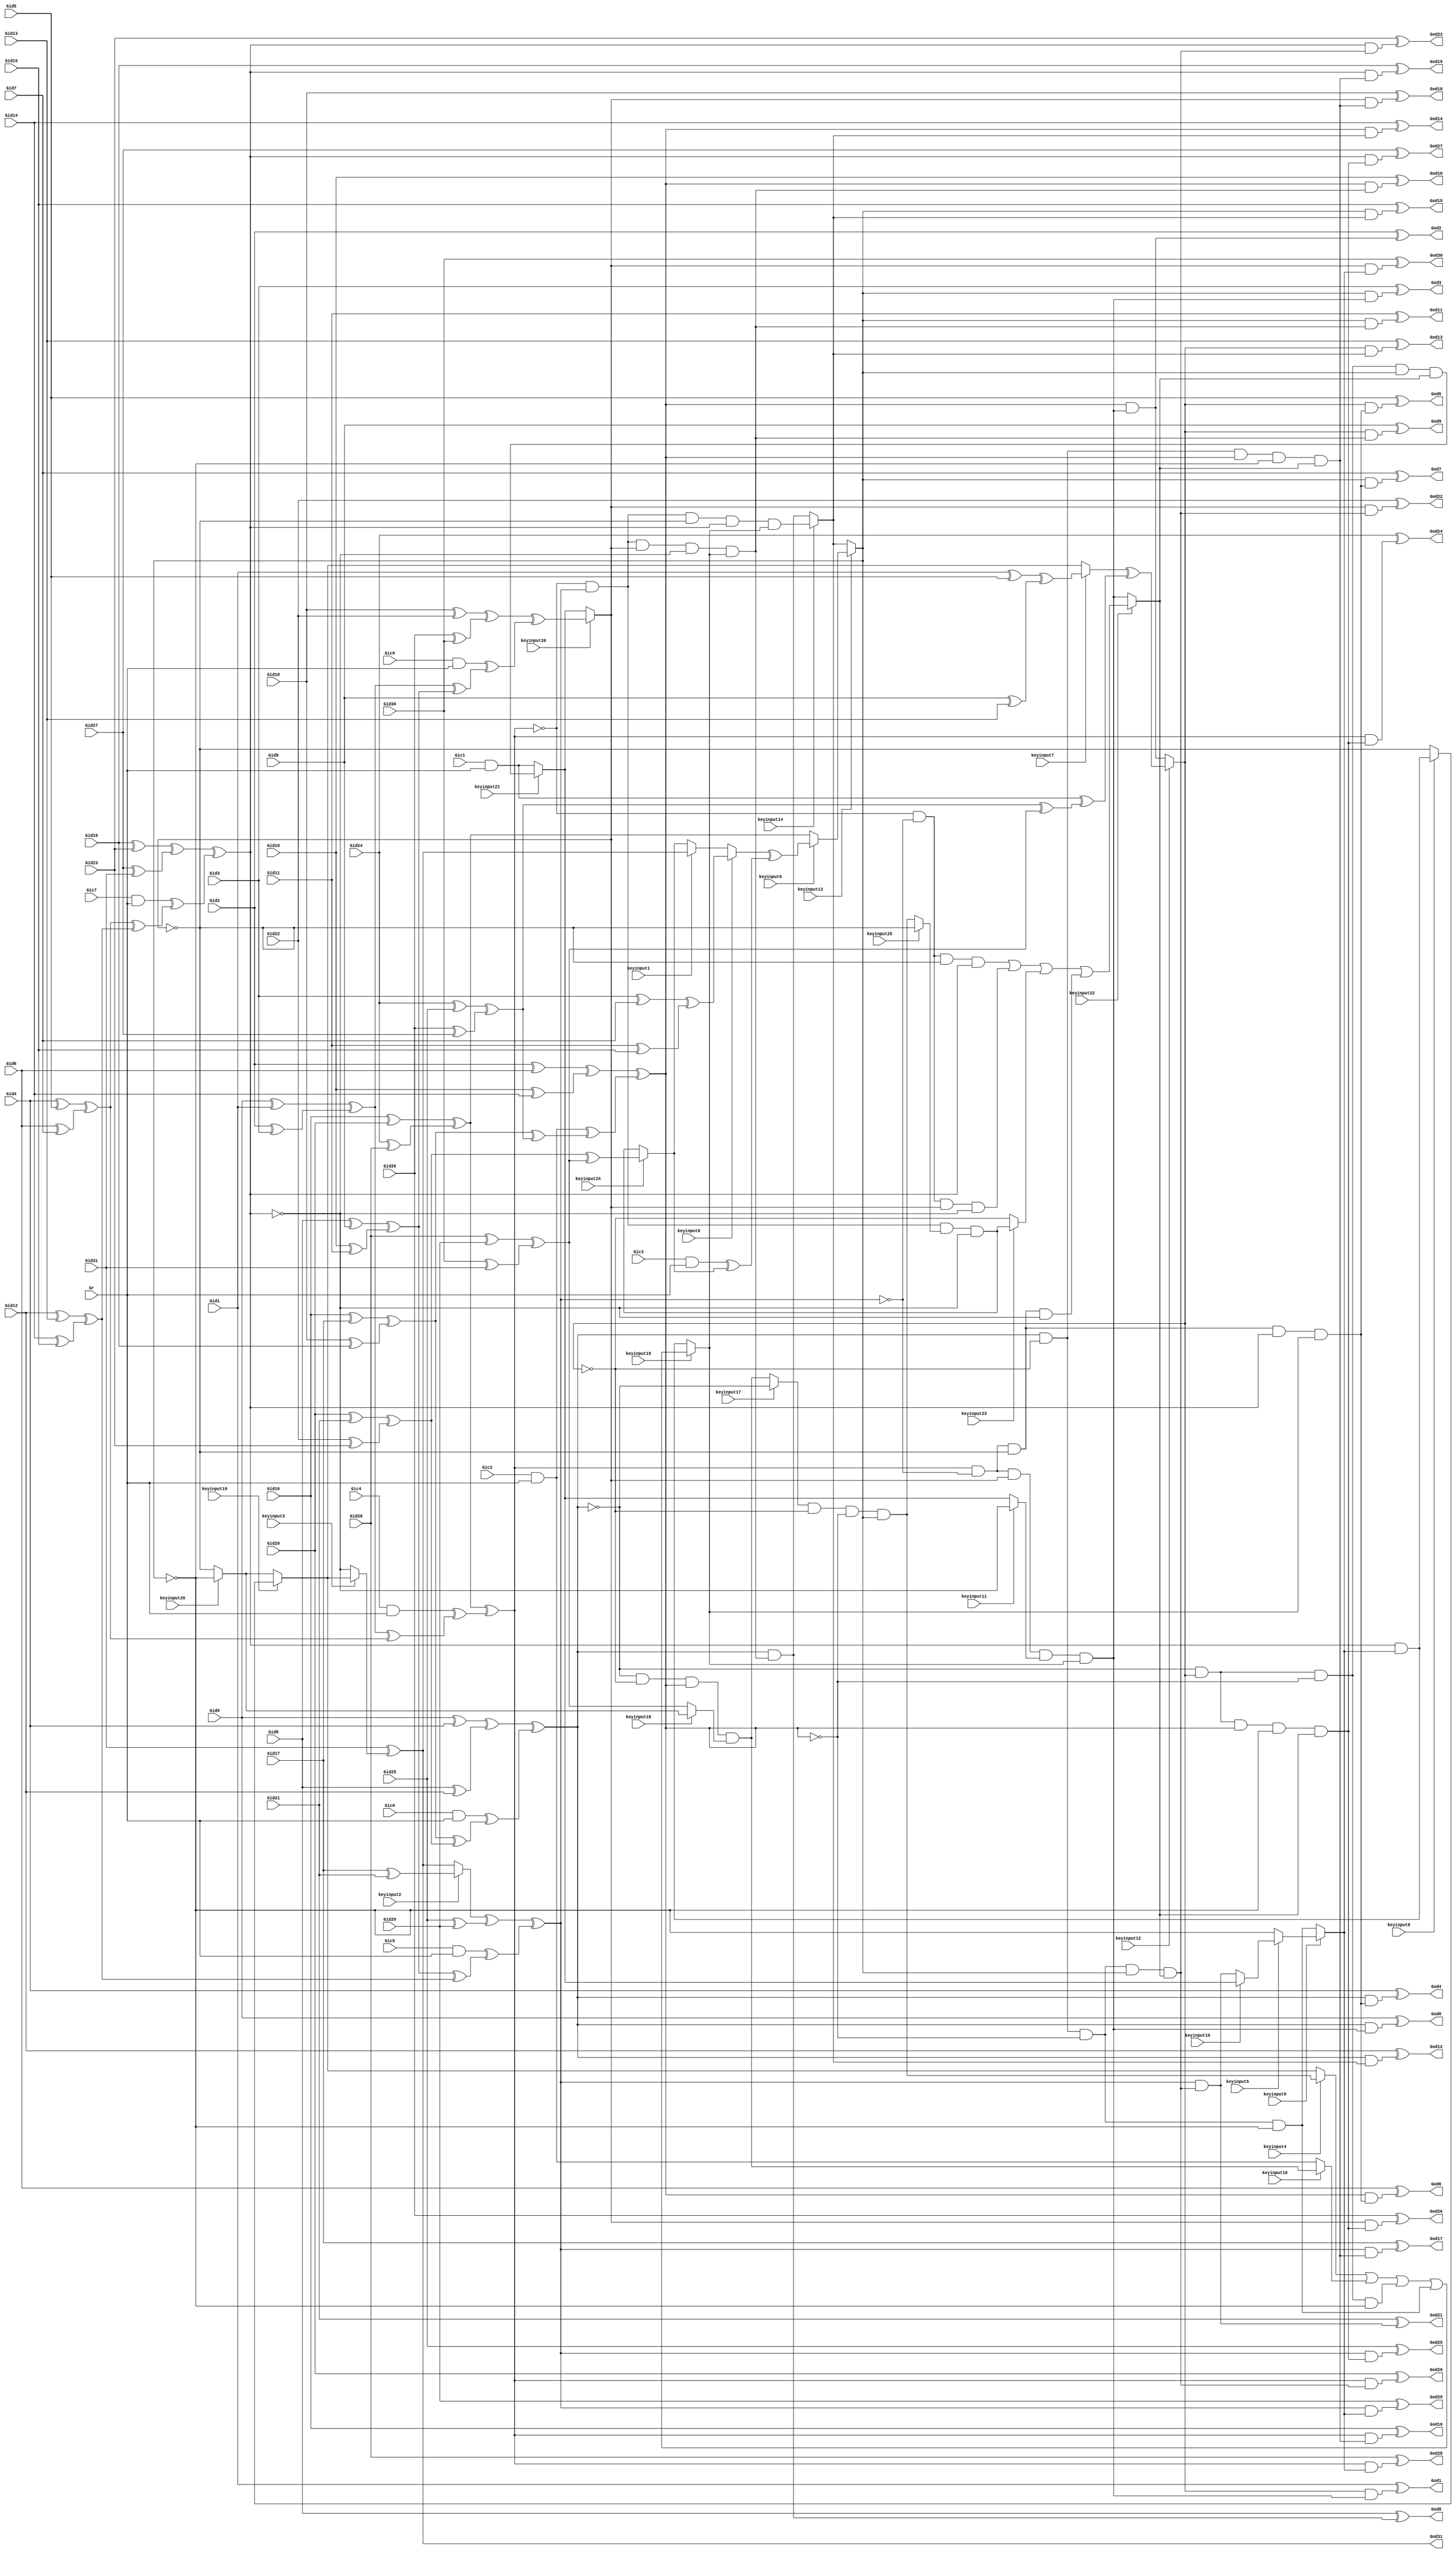
// Verilog File 
module top (Gid0,Gid1,Gid2,Gid3,Gid4,Gid5,Gid6,Gid7,Gid8,
Gid9,Gid10,Gid11,Gid12,Gid13,Gid14,Gid15,Gid16,Gid17,Gid18,
Gid19,Gid20,Gid21,Gid22,Gid23,Gid24,Gid25,Gid26,Gid27,Gid28,
Gid29,Gid30,Gid31,Gic0,Gic1,Gic2,Gic3,Gic4,Gic5,Gic6,
Gic7,Gr,God0,God1,God2,God3,God4,God5,God6,God7,
God8,God9,God10,God11,God12,God13,God14,God15,God16,God17,
God18,God19,God20,God21,God22,God23,God24,God25,God26,God27,
God28,God29,God30,God31,keyinput0,keyinput1,keyinput2,keyinput3,keyinput4,keyinput5,
keyinput6,keyinput7,keyinput8,keyinput9,keyinput10,keyinput11,keyinput12,keyinput13,keyinput14,keyinput15,
keyinput16,keyinput17,keyinput18,keyinput19,keyinput20,keyinput21,keyinput22,keyinput23,keyinput24,keyinput25,
keyinput26);

input Gid0,Gid1,Gid2,Gid3,Gid4,Gid5,Gid6,Gid7,Gid8,
Gid9,Gid10,Gid11,Gid12,Gid13,Gid14,Gid15,Gid16,Gid17,Gid18,
Gid19,Gid20,Gid21,Gid22,Gid23,Gid24,Gid25,Gid26,Gid27,Gid28,
Gid29,Gid30,Gid31,Gic0,Gic1,Gic2,Gic3,Gic4,Gic5,Gic6,
Gic7,Gr,keyinput0,keyinput1,keyinput2,keyinput3,keyinput4,keyinput5,keyinput6,keyinput7,
keyinput8,keyinput9,keyinput10,keyinput11,keyinput12,keyinput13,keyinput14,keyinput15,keyinput16,keyinput17,
keyinput18,keyinput19,keyinput20,keyinput21,keyinput22,keyinput23,keyinput24,keyinput25,keyinput26;

output God0,God1,God2,God3,God4,God5,God6,God7,God8,
God9,God10,God11,God12,God13,God14,God15,God16,God17,God18,
God19,God20,God21,God22,God23,God24,God25,God26,God27,God28,
God29,God30,God31;

wire Gxa0,Gxa1,Gxa2,Gxa3,Gxa4,Gxa5,Gxa6,Gxa7,Gxa8,
Gxa9,Gxa10,Gxa11,Gxa12,Gxa13,Gxa14,Gxa15,Gh0,Gh1,Gh2,
Gh3,Gh4,Gh5,Gh6,Gh7,Gxb0,Gxc0,Gxb1,Gxc1,Gxb2,
Gxc2,Gxb3,Gxc3,Gxb4,Gxc4,Gxb5,Gxc5,Gxb6,Gxc6,Gxb7,
Gxc7,Gf0,Gf1,Gf2,Gf3,Gf4,Gf5,Gf6,Gf7,Gxe0,
Gxe1,Gxe2,Gxe3,Gxe4,Gxe5,Gxe6,Gxe7,Gg0,Gg1,Gg2,
Gg3,Gg4,Gg5,Gg6,Gg7,Gxd0,Gxd1,Gxd2,Gxd3,Gxd4,
Gxd5,Gxd6,Gxd7,Gs0,Gs1,Gs2,Gs3,Gs4,Gs5,Gs6,
Gs7,Gy0a,Gy1a,Gy2a,Gy0b,Gy1b,Gy3b,Gy0c,Gy2c,Gy3c,
Gy1d,Gy2d,Gy3d,Gy5i,Gy7i,Gy5j,Gy6j,Gy4k,Gy7k,Gy4l,
Gy6l,Gy4a,Gy5a,Gy6a,Gy4b,Gy5b,Gy7b,Gy4c,Gy6c,Gy7c,
Gy5d,Gy6d,Gy7d,Gy1i,Gy3i,Gy1j,Gy2j,Gy0k,Gy3k,Gy0l,
Gy2l,Gt0,Gt1,Gt2,Gt3,Gt4,Gt5,Gt6,Gt7,Gu0,
Gu1,Gwa,Gwb,Gwc,Gwd,Gwe,Gwf,Gwg,Gwh,Ge0,
Ge1,Ge2,Ge3,Ge4,Ge5,Ge6,Ge7,Ge8,Ge9,Ge10,
Ge11,Ge12,Ge13,Ge14,Ge15,Ge16,Ge17,Ge18,Ge19,Ge20,
Ge21,Ge22,Ge23,Ge24,Ge25,Ge26,Ge27,Ge28,Ge29,Ge30,
Ge31,muxed0,muxed1,muxed2,muxed3,muxed4,muxed5,muxed6,muxed7,muxed8,
muxed9,muxed10,muxed11,muxed12,muxed13,muxed14,muxed15,muxed16,muxed17,muxed18,
muxed19,muxed20,muxed21,muxed22,muxed23,muxed24,muxed25,muxed26;
xor gate_0(Gxa0,Gid0,Gid1);
xor gate_1(Gxa1,Gid2,Gid3);
xor gate_2(Gxa2,Gid4,Gid5);
xor gate_3(Gxa3,Gid6,Gid7);
xor gate_4(Gxa4,Gid8,Gid9);
xor gate_5(Gxa5,Gid10,Gid11);
xor gate_6(Gxa6,Gid12,Gid13);
xor gate_7(Gxa7,Gid14,Gid15);
xor gate_8(Gxa8,Gid16,Gid17);
xor gate_9(Gxa9,Gid18,Gid19);
xor gate_10(Gxa10,Gid20,Gid21);
xor gate_11(Gxa11,Gid22,Gid23);
xor gate_12(Gxa12,Gid24,Gid25);
xor gate_13(Gxa13,Gid26,Gid27);
xor gate_14(Gxa14,Gid28,Gid29);
xor gate_15(Gxa15,Gid30,Gid31);
and gate_16(Gh0,Gic0,Gr);
and gate_17(Gh1,Gic1,Gr);
and gate_18(Gh2,Gic2,Gr);
and gate_19(Gh3,Gic3,Gr);
and gate_20(Gh4,Gic4,Gr);
and gate_21(Gh5,Gic5,Gr);
and gate_22(Gh6,Gic6,Gr);
and gate_23(Gh7,Gic7,Gr);
xor gate_24(Gxb0,Gid0,Gid4);
xor gate_25(Gxc0,Gid8,Gid12);
xor gate_26(Gxb1,Gid1,Gid5);
xor gate_27(Gxc1,Gid9,Gid13);
xor gate_28(Gxb2,Gid2,Gid6);
xor gate_29(Gxc2,Gid10,Gid14);
xor gate_30(Gxb3,Gid3,Gid7);
xor gate_31(Gxc3,Gid11,Gid15);
xor gate_32(Gxb4,Gid16,Gid20);
xor gate_33(Gxc4,Gid24,Gid28);
xor gate_34(Gxb5,Gid17,Gid21);
xor gate_35(Gxc5,Gid25,Gid29);
xor gate_36(Gxb6,Gid18,Gid22);
xor gate_37(Gxc6,Gid26,Gid30);
xor gate_38(Gxb7,Gid19,Gid23);
xor gate_39(Gxc7,Gid27,Gid31);
xor gate_40(Gf0,Gxa0,Gxa1);
xor gate_41(Gf1,Gxa2,Gxa3);
xor gate_42(Gf2,Gxa4,Gxa5);
xor gate_43(Gf3,Gxa6,Gxa7);
xor gate_44(Gf4,Gxa8,Gxa9);
xor gate_45(Gf5,Gxa10,Gxa11);
xor gate_46(Gf6,Gxa12,Gxa13);
xor gate_47(Gf7,Gxa14,Gxa15);
xor gate_48(Gxe0,Gxb0,Gxc0);
xor gate_49(Gxe1,Gxb1,Gxc1);
xor gate_50(Gxe2,Gxb2,Gxc2);
xor gate_51(Gxe3,Gxb3,Gxc3);
xor gate_52(Gxe4,Gxb4,Gxc4);
xor gate_53(Gxe5,muxed2,Gxc5);
xor gate_54(Gxe6,Gxb6,Gxc6);
xor gate_55(Gxe7,Gxb7,Gxc7);
xor gate_56(Gg0,Gf0,Gf1);
xor gate_57(Gg1,Gf2,Gf3);
xor gate_58(Gg2,Gf0,Gf2);
xor gate_59(Gg3,Gf1,Gf3);
xor gate_60(Gg4,Gf4,Gf5);
xor gate_61(Gg5,Gf6,Gf7);
xor gate_62(Gg6,Gf4,Gf6);
xor gate_63(Gg7,Gf5,Gf7);
xor gate_64(Gxd0,Gh0,Gg4);
xor gate_65(Gxd1,Gh1,Gg5);
xor gate_66(Gxd2,Gh2,Gg6);
xor gate_67(Gxd3,Gh3,muxed24);
xor gate_68(Gxd4,Gh4,Gg0);
xor gate_69(Gxd5,Gh5,Gg1);
xor gate_70(Gxd6,Gh6,Gg2);
xor gate_71(Gxd7,Gh7,Gg3);
xor gate_72(Gs0,Gxe0,Gxd0);
xor gate_73(Gs1,muxed7,Gxd1);
xor gate_74(Gs2,Gxe2,Gxd2);
xor gate_75(Gs3,muxed0,Gxd3);
xor gate_76(Gs4,Gxe4,Gxd4);
xor gate_77(Gs5,Gxe5,Gxd5);
xor gate_78(Gs6,Gxe6,Gxd6);
xor gate_79(Gs7,Gxe7,Gxd7);
not gate_80(Gy0a,Gs0);
not gate_81(Gy1a,muxed12);
not gate_82(Gy2a,Gs2);
not gate_83(Gy0b,Gs0);
not gate_84(Gy1b,muxed12);
not gate_85(Gy3b,muxed13);
not gate_86(Gy0c,Gs0);
not gate_87(Gy2c,Gs2);
not gate_88(Gy3c,muxed13);
not gate_89(Gy1d,muxed12);
not gate_90(Gy2d,Gs2);
not gate_91(Gy3d,muxed13);
not gate_92(Gy5i,Gs5);
not gate_93(Gy7i,Gs7);
not gate_94(Gy5j,Gs5);
not gate_95(Gy6j,muxed20);
not gate_96(Gy4k,Gs4);
not gate_97(Gy7k,Gs7);
not gate_98(Gy4l,Gs4);
not gate_99(Gy6l,muxed20);
not gate_100(Gy4a,Gs4);
not gate_101(Gy5a,Gs5);
not gate_102(Gy6a,muxed20);
not gate_103(Gy4b,Gs4);
not gate_104(Gy5b,Gs5);
not gate_105(Gy7b,Gs7);
not gate_106(Gy4c,Gs4);
not gate_107(Gy6c,muxed20);
not gate_108(Gy7c,Gs7);
not gate_109(Gy5d,Gs5);
not gate_110(Gy6d,muxed20);
not gate_111(Gy7d,Gs7);
not gate_112(Gy1i,muxed12);
not gate_113(Gy3i,muxed13);
not gate_114(Gy1j,muxed12);
not gate_115(Gy2j,Gs2);
not gate_116(Gy0k,Gs0);
not gate_117(Gy3k,muxed13);
not gate_118(Gy0l,Gs0);
not gate_119(Gy2l,Gs2);
and gate_120(Gt0,muxed17,Gy1a,Gy2a,muxed13);
and gate_121(Gt1,Gy0b,Gy1b,Gs2,muxed18);
and gate_122(Gt2,Gy0c,muxed12,Gy2c,Gy3c);
and gate_123(Gt3,Gs0,Gy1d,Gy2d,Gy3d);
and gate_124(Gt4,Gy4a,Gy5a,Gy6a,Gs7);
and gate_125(Gt5,Gy4b,Gy5b,muxed20,Gy7b);
and gate_126(Gt6,Gy4c,Gs5,muxed25,Gy7c);
and gate_127(Gt7,Gs4,Gy5d,Gy6d,Gy7d);
or gate_128(Gu0,muxed4,muxed16,Gt2,Gt3);
or gate_129(Gu1,Gt4,Gt5,muxed23,Gt7);
and gate_130(Gwa,Gs4,Gy5i,muxed20,muxed11,muxed15);
and gate_131(Gwb,Gs4,Gy5j,Gy6j,Gs7,muxed15);
and gate_132(Gwc,Gy4k,Gs5,muxed20,Gy7k,muxed15);
and gate_133(Gwd,Gy4l,Gs5,Gy6l,Gs7,muxed15);
and gate_134(Gwe,Gs0,Gy1i,Gs2,Gy3i,muxed22);
and gate_135(Gwf,Gs0,Gy1j,Gy2j,muxed13,muxed22);
and gate_136(Gwg,Gy0k,muxed12,Gs2,Gy3k,muxed22);
and gate_137(Gwh,Gy0l,muxed12,Gy2l,muxed13,muxed22);
and gate_138(Ge0,Gs0,Gwa);
and gate_139(Ge1,muxed12,Gwa);
and gate_140(Ge2,Gs2,Gwa);
and gate_141(Ge3,muxed13,Gwa);
and gate_142(Ge4,Gs0,Gwb);
and gate_143(Ge5,muxed12,Gwb);
and gate_144(Ge6,Gs2,Gwb);
and gate_145(Ge7,muxed13,Gwb);
and gate_146(Ge8,Gs0,Gwc);
and gate_147(Ge9,muxed12,Gwc);
and gate_148(Ge10,Gs2,Gwc);
and gate_149(Ge11,muxed13,Gwc);
and gate_150(Ge12,Gs0,muxed14);
and gate_151(Ge13,muxed12,muxed14);
and gate_152(Ge14,Gs2,muxed14);
and gate_153(Ge15,muxed13,muxed14);
and gate_154(Ge16,Gs4,Gwe);
and gate_155(Ge17,Gs5,Gwe);
and gate_156(Ge18,muxed20,Gwe);
and gate_157(Ge19,Gs7,Gwe);
and gate_158(Ge20,Gs4,Gwf);
and gate_159(Ge21,Gs5,Gwf);
and gate_160(Ge22,muxed20,Gwf);
and gate_161(Ge23,Gs7,Gwf);
and gate_162(Ge24,Gs4,Gwg);
and gate_163(Ge25,Gs5,Gwg);
and gate_164(Ge26,muxed20,Gwg);
and gate_165(Ge27,Gs7,Gwg);
and gate_166(Ge28,Gs4,muxed9);
and gate_167(Ge29,Gs5,muxed9);
and gate_168(Ge30,muxed20,muxed9);
and gate_169(Ge31,Gs7,muxed9);
xor gate_170(God0,Gid0,Ge0);
xor gate_171(God1,Gid1,Ge1);
xor gate_172(God2,Gid2,Ge2);
xor gate_173(God3,Gid3,Ge3);
xor gate_174(God4,Gid4,Ge4);
xor gate_175(God5,Gid5,Ge5);
xor gate_176(God6,Gid6,Ge6);
xor gate_177(God7,Gid7,Ge7);
xor gate_178(God8,Gid8,Ge8);
xor gate_179(God9,Gid9,Ge9);
xor gate_180(God10,Gid10,Ge10);
xor gate_181(God11,Gid11,Ge11);
xor gate_182(God12,Gid12,Ge12);
xor gate_183(God13,Gid13,Ge13);
xor gate_184(God14,Gid14,Ge14);
xor gate_185(God15,Gid15,Ge15);
xor gate_186(God16,Gid16,Ge16);
xor gate_187(God17,Gid17,Ge17);
xor gate_188(God18,Gid18,Ge18);
xor gate_189(God19,Gid19,Ge19);
xor gate_190(God20,Gid20,Ge20);
xor gate_191(God21,Gid21,Ge21);
xor gate_192(God22,Gid22,Ge22);
xor gate_193(God23,Gid23,Ge23);
xor gate_194(God24,Gid24,Ge24);
xor gate_195(God25,Gid25,Ge25);
xor gate_196(God26,Gid26,Ge26);
xor gate_197(God27,Gid27,Ge27);
xor gate_198(God28,Gid28,Ge28);
xor gate_199(God29,Gid29,Ge29);
xor gate_200(God30,Gid30,Ge30);
xor gate_201(God31,Gid31,muxed3);
assign muxed0 = keyinput0 ? Gxe3 : muxed1;
assign muxed1 = keyinput1 ? God31 : muxed24;
assign muxed2 = keyinput2 ? Gxb5 : God31;
assign muxed3 = keyinput3 ? muxed19 : Gy7k;
assign muxed4 = keyinput4 ? Gt0 : muxed19;
assign muxed5 = keyinput5 ? muxed10 : Gy3i;
assign muxed6 = keyinput6 ? Gs3 : Gxe4;
assign muxed7 = keyinput7 ? Gxe1 : muxed19;
assign muxed8 = keyinput8 ? Ge31 : Gy6j;
assign muxed9 = keyinput9 ? muxed5 : Gt3;
assign muxed10 = keyinput10 ? muxed21 : Ge21;
assign muxed11 = keyinput11 ? Gy7i : muxed21;
assign muxed12 = keyinput12 ? Gs1 : Ge2;
assign muxed13 = keyinput13 ? muxed6 : muxed14;
assign muxed14 = keyinput14 ? Gwd : Ge8;
assign muxed15 = keyinput15 ? Gu0 : Ge31;
assign muxed16 = keyinput16 ? Gt1 : Gh2;
assign muxed17 = keyinput17 ? Gy0a : Gt1;
assign muxed18 = keyinput18 ? muxed26 : Gf7;
assign muxed19 = keyinput19 ? muxed8 : muxed26;
assign muxed20 = keyinput20 ? Gs6 : muxed21;
assign muxed21 = keyinput21 ? Gwh : Gh1;
assign muxed22 = keyinput22 ? Gu1 : Gwa;
assign muxed23 = keyinput23 ? Gt6 : Gy1a;
assign muxed24 = keyinput24 ? Gg7 : Gt6;
assign muxed25 = keyinput25 ? Gy6c : Gt0;
assign muxed26 = keyinput26 ? Gy3b : Gy6c;
endmodule